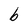
Character: b